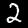
Label: 2